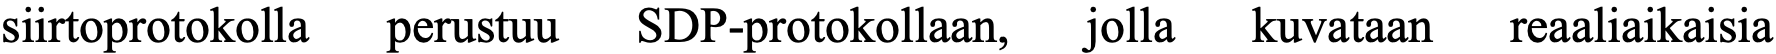
siirtoprotokolla perustuu SDP-protokollaan, jolla kuvataan reaaliaikaisia